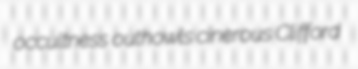
occultness outhowls cinerous Clifford